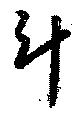
斗